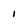
Character: I